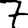
Digit: 7